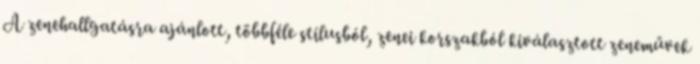
A zenehallgatásra ajánlott, többféle stílusból, zenei korszakból kiválasztott zeneművek